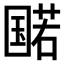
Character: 𫭔